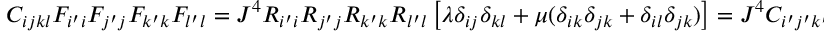
C _ { i j k l } F _ { i ^ { \prime } i } F _ { j ^ { \prime } j } F _ { k ^ { \prime } k } F _ { l ^ { \prime } l } = J ^ { 4 } R _ { i ^ { \prime } i } R _ { j ^ { \prime } j } R _ { k ^ { \prime } k } R _ { l ^ { \prime } l } \left[ \lambda \delta _ { i j } \delta _ { k l } + \mu ( \delta _ { i k } \delta _ { j k } + \delta _ { i l } \delta _ { j k } ) \right] = J ^ { 4 } C _ { i ^ { \prime } j ^ { \prime } k ^ { \prime } l ^ { \prime } }